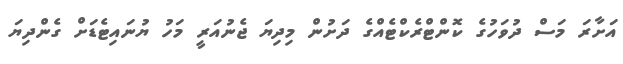
އަށާރަ މަސް ދުވަހުގެ ކޮންޓްރެކްޓެއްގެ ދަށުން މިދިޔަ ޖެނުއަރީ މަހު ޔުނައިޓެޑަށް ގެންދިޔަ